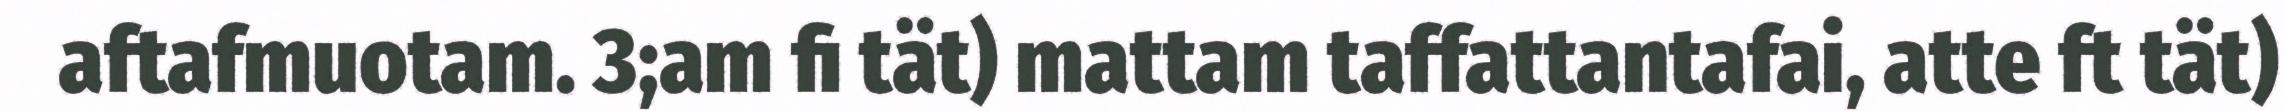
aftafmuotam. 3;am fi tät) mattam taffattantafai, atte ft tät)